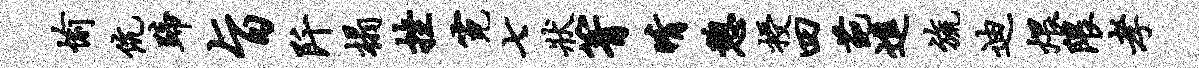
愉伉蹄旨阡榻挫霓七状箐晴憩授四葩进旒迪煨隈孝